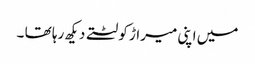
میں اپنی میراڑ کو لٹتے دیکھ رہا تھا ۔